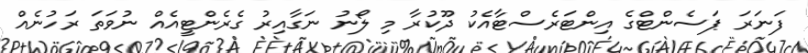
ފަނަަރަ ޕަސެންޓްގެ އިންޓަރެސްޓާއެކު ދޫކުރާ މި ލޯނު ނަގާއިރު ގެރެންޓީއެއް ނުވަތަ ރަހުނެއް